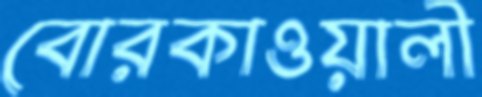
বোরকাওয়ালী